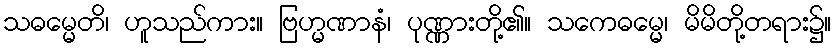
သဓမ္မေတိ၊ ဟူသည်ကား။ ဗြဟ္မဏာနံ၊ ပုဏ္ဏားတို့၏။ သကေဓမ္မေ၊ မိမိတို့တရား၌။